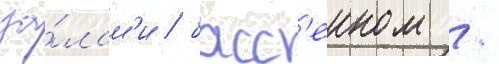
за́лам'и / басс'еином /